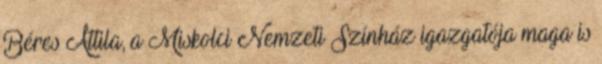
Béres Attila, a Miskolci Nemzeti Színház igazgatója maga is